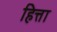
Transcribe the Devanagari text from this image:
हित्ता